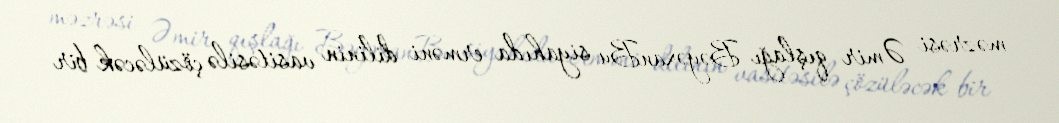
məzrəsi Əmir qışlağı BəyəxanBu siyahıda erməni dilinin vasitəsilə çözüləcək bir